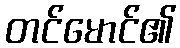
တင်မောင်၏